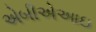
એબીએઆઇ